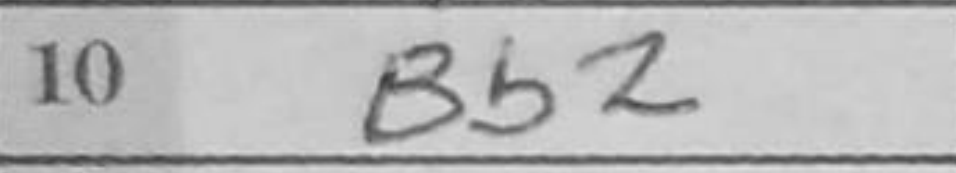
Transcription: Bb2